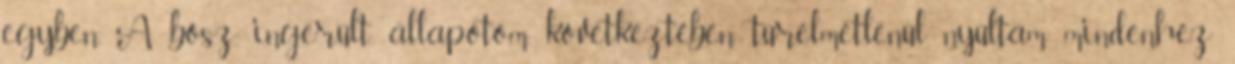
egyben. A bősz, ingerült állapotom következtében, türelmetlenül nyúltam mindenhez